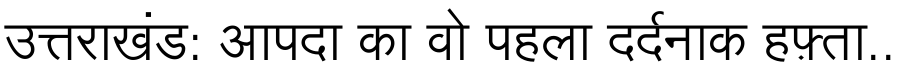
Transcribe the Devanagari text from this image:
उत्तराखंड: आपदा का वो पहला दर्दनाक हफ़्ता..